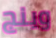
وينج